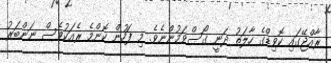
ރާއްޖޭގައި ކޮވިޑްގެ ހާލަތު ދަނީ ގޯސްވަމުންނެވެ. މި ފަހުން ކޮންމެ ރެއަކުވެސް ނަންބަރު